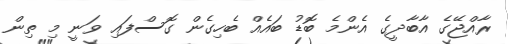
ރާއްޖޭގެ އާބާދީގެ އެންމެ ބޮޑު ބައެއް ބެހިގެން ގޮސްފައި ވަނީ މި ތިން